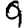
Digit: 9